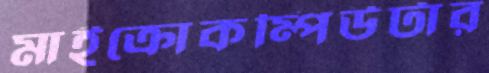
মাইক্রোকম্পিউটার